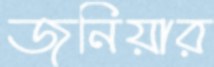
জুনিয়ার